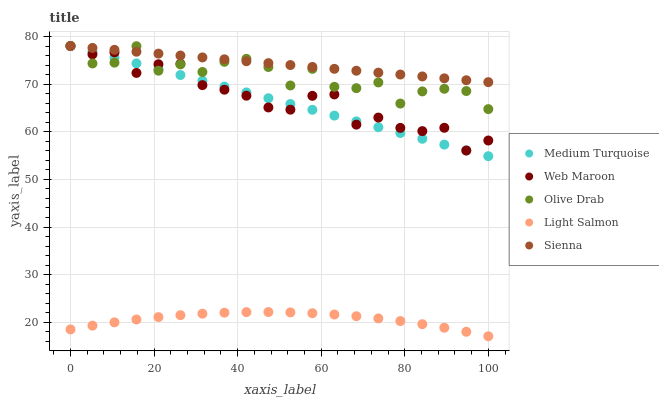
| xaxis_label | Medium Turquoise | Web Maroon | Olive Drab | Light Salmon | Sienna |
 | --- | --- | --- | --- | --- | --- |
 | 0 | 78 | 78 | 78 | 18.5 | 78 |
 | 5.26 | 76.8 | 76.3 | 74.3 | 19.3 | 77.6 |
 | 10.5 | 75.6 | 76.7 | 74.5 | 20 | 77.2 |
 | 15.8 | 74.3 | 72.4 | 78 | 20.6 | 76.8 |
 | 21.1 | 73.1 | 74.2 | 72.8 | 21.1 | 76.4 |
 | 26.3 | 71.9 | 74.3 | 74.2 | 21.5 | 76 |
 | 31.6 | 70.7 | 69.8 | 72.5 | 21.8 | 75.6 |
 | 36.8 | 69.5 | 68.8 | 74.7 | 22 | 75.2 |
 | 42.1 | 68.3 | 67.6 | 75.3 | 22.1 | 74.8 |
 | 47.4 | 67 | 65.1 | 73.6 | 22.2 | 74.4 |
 | 52.6 | 65.8 | 64.6 | 69.7 | 22.1 | 74 |
 | 57.9 | 64.6 | 67.5 | 73.2 | 21.9 | 73.6 |
 | 63.2 | 63.4 | 67.8 | 69.4 | 21.6 | 73.2 |
 | 68.4 | 62.2 | 61.5 | 69.2 | 21.3 | 72.8 |
 | 73.7 | 61 | 63 | 70.4 | 20.8 | 72.4 |
 | 78.9 | 59.7 | 60.8 | 65.9 | 20.3 | 72 |
 | 84.2 | 58.5 | 60.1 | 68.5 | 19.6 | 71.6 |
 | 89.5 | 57.3 | 60.8 | 69 | 18.9 | 71.2 |
 | 94.7 | 56.1 | 56.1 | 68.5 | 18 | 70.8 |
 | 100 | 54.9 | 58.2 | 64.8 | 17.1 | 70.4 |